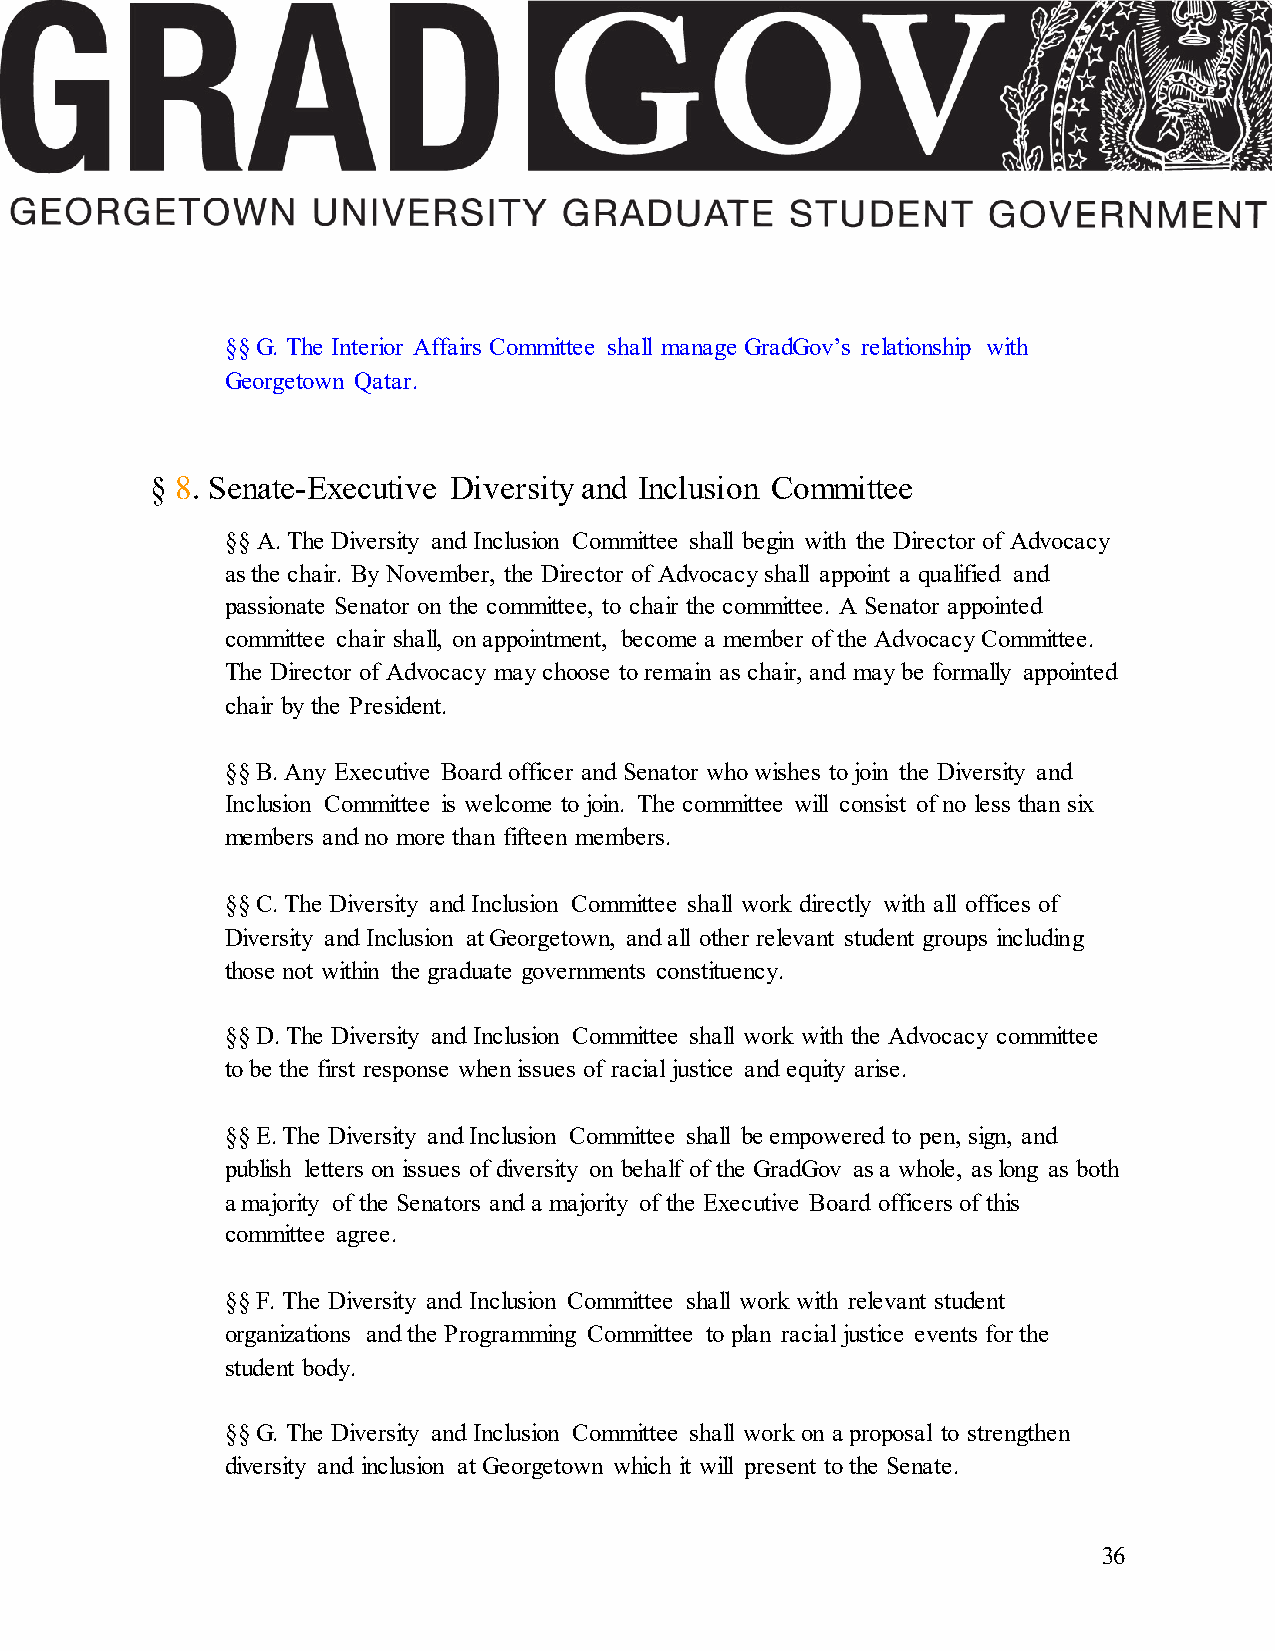
§§ G. The Interior Affairs Committee shall manage GradGov’s relationship with
 Georgetown Qatar.
 § 8. Senate-Executive Diversity and Inclusion Committee
 §§ A. The Diversity and Inclusion Committee shall begin with the Director of Advocacy
 as the chair. By November, the Director of Advocacy shall appoint a qualified and
 passionate Senator on the committee, to chair the committee. A Senator appointed
 committee chair shall, on appointment, become a member of the Advocacy Committee.
 The Director of Advocacy may choose to remain as chair, and may be formally appointed
 chair by the President.
 §§ B. Any Executive Board officer and Senator who wishes to join the Diversity and
 Inclusion Committee is welcome to join. The committee will consist of no less than six
 members and no more than fifteen members.
 §§ C. The Diversity and Inclusion Committee shall work directly with all offices of
 Diversity and Inclusion at Georgetown, and all other relevant student groups including
 those not within the graduate governments constituency.
 §§ D. The Diversity and Inclusion Committee shall work with the Advocacy committee
 to be the first response when issues of racial justice and equity arise.
 §§ E. The Diversity and Inclusion Committee shall be empowered to pen, sign, and
 publish letters on issues of diversity on behalf of the GradGov as a whole, as long as both
 a majority of the Senators and a majority of the Executive Board officers of this
 committee agree.
 §§ F. The Diversity and Inclusion Committee shall work with relevant student
 organizations and the Programming Committee to plan racial justice events for the
 student body.
 §§ G. The Diversity and Inclusion Committee shall work on a proposal to strengthen
 diversity and inclusion at Georgetown which it will present to the Senate.
 36